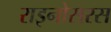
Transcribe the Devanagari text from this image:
राइनोसरस